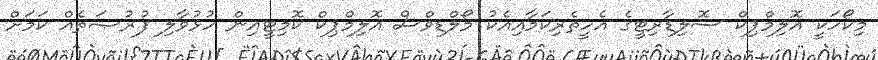
މިކޯހަކީ އޮލިމްޕިކް ސޮލިޑާރިޓީގެ އެހީތެރިކަމާއިއެކު މޯލްޑިވްސް އޮލިމްޕިކް ކޮމިޓީއިން ހުޅުވާލި ފުރުޞަތެއް ކަމަށް